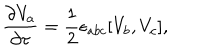
\frac { \partial V _ { a } } { \partial \tau } = \frac 1 2 \epsilon _ { a b c } [ V _ { b } , V _ { c } ] ,